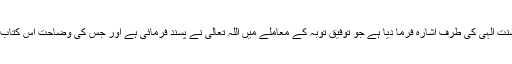
’عَلٰی مَنْ یَّشَآءُ‘ اور ’وَاللّٰہُ عَلِیْمٌ حَکِیْمٌ‘ سے اس سنت الٰہی کی طرف اشارہ فرما دیا ہے جو توفیق توبہ کے معاملے میں اللہ تعالیٰ نے پسند فرمائی ہے اور جس کی وضاحت اس کتاب میں ایک سے زیادہ مقامات میں ہو چکی ہے۔